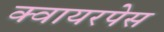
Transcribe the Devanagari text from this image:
क्वायरपेस